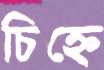
চিহ্নে